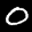
Label: 0